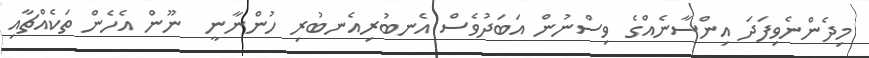
މިދެންނެވިފަދަ އިންސާނެއްގެ ވިސްނުން އަބަދުވެސް އެނބުރިއެނބުރި ހުންނާނީ  ނޫން އެހެން ތަކެއްޗާއި